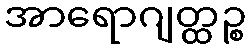
အာရောဂျတ္ထဉ္စ